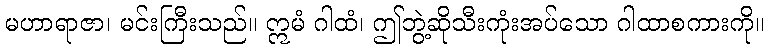
မဟာရာဇာ၊ မင်းကြီးသည်။ ဣမံ ဂါထံ၊ ဤဘွဲ့ဆိုသီးကုံးအပ်သော ဂါထာစကားကို။